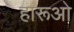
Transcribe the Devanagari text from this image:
हारूओ